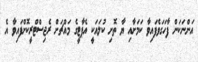
އަންނަކަން ފާހަގަވެފައިވާ ކަމަށާއި ޔާ ތޮށި ކުލައަކީ އެޕާޓީގެ މައްޗަށް ރެޖިސްޓްރީކޮށްފައިވާ އެ